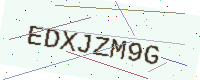
Text: EDXJZM9G